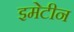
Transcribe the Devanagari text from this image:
इमेटीन